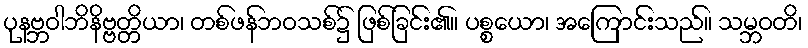
ပုနဗ္ဘဝါဘိနိဗ္ဗတ္တိယာ၊ တစ်ဖန်ဘဝသစ်၌ ဖြစ်ခြင်း၏။ ပစ္စယော၊ အကြောင်းသည်။ သမ္ဘဝတိ၊